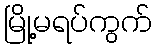
မြို့မရပ်ကွက်